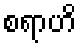
စရာဟိ